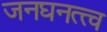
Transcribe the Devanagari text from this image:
जनघनत्त्व